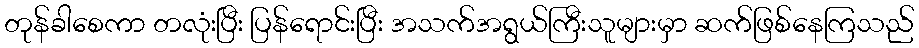
တုန်ခါစေကာ တလုံးပြီး ပြန်ရောင်းပြီး အသက်အရွယ်ကြီးသူများမှာ ဆက်ဖြစ်နေကြသည်